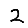
Digit: 2